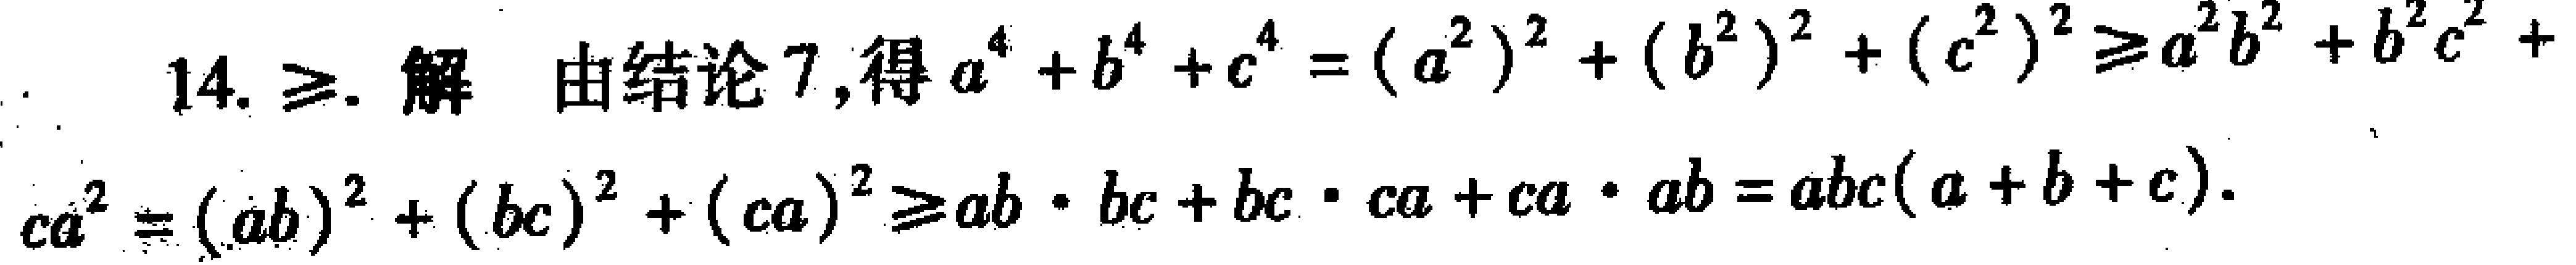
14. $\geq$. 解 由结论 7,得 $a^{4}+b^{4}+c^{4}=(a^{2})^{2}+(b^{2})^{2}+(c^{2})^{2}\geq a^{2}b^{2}+b^{2}c^{2}+ca^{2}=(ab)^{2}+(bc)^{2}+(ca)^{2}\geq ab\cdot bc + bc\cdot ca+ca\cdot ab = abc(a + b + c)$.